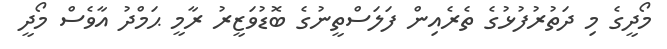
މޯދީގެ މި ދަތުރުފުޅުގެ ތެރެއިން ފަލަސްތީނުގެ ބޮޑުވަޒީރު ރާމީ ޙަމްދު އާވެސް މޯދީ